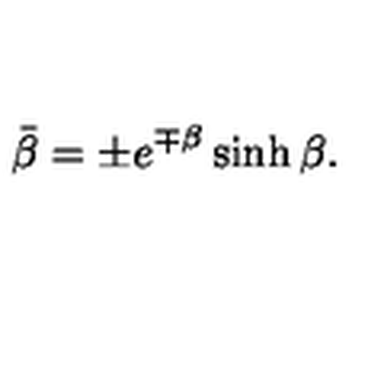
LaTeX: \bar { \beta } = \pm e ^ { \mp \beta } \sinh \beta .